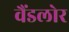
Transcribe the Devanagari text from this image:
वैंडलोर